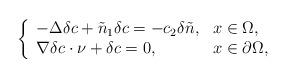
LaTeX: \begin{align*}\left\{\begin{array}{ll}-\Delta \delta c+\tilde{n}_{1}\delta c =-c_{2}\delta\tilde{n}, &x\in\Omega,\\\nabla \delta c\cdot \nu+\delta c=0, &x\in\partial\Omega,\end{array}\right.\end{align*}